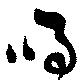
鳴